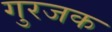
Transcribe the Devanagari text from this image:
गुरजक